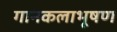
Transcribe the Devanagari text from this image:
गानकलाभूषण